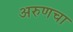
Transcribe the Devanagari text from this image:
अरुणचा